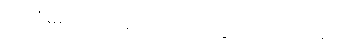
ယူကျုံးမရသော ညည်းညူသံ ထွက်ပေါ်လာသည်။